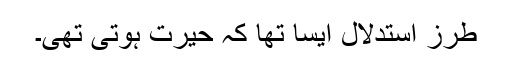
طرز استدلال ایسا تھا کہ حیرت ہوتی تھی۔